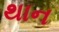
થાન